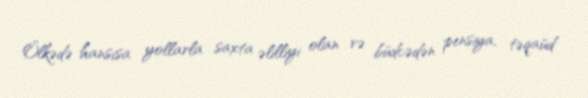
Ölkədə hansısa yollarla saxta əlilliyi olan və büdcədən pensiya, təqaüd